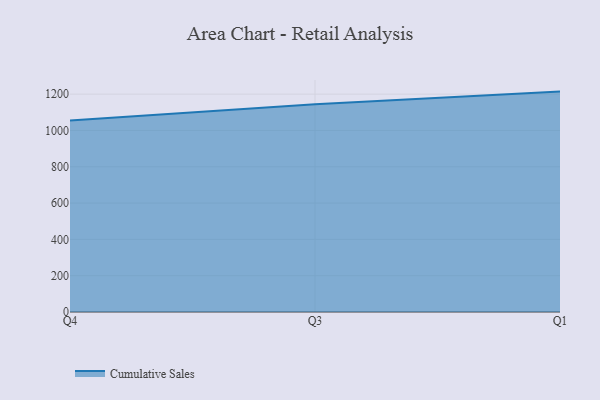
{"axis": {"x": "Quarter", "y": "Production Output"}, "legend": ["Cumulative Sales"], "data": [{"x": "Q4", "y": 1055.3, "type": "Cumulative Sales"}, {"x": "Q3", "y": 1144.1, "type": "Cumulative Sales"}, {"x": "Q1", "y": 1214.0, "type": "Cumulative Sales"}]}